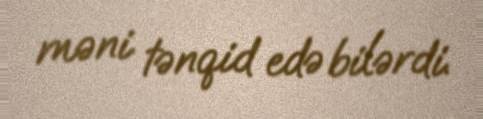
məni tənqid edə bilərdi.